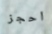
احجز